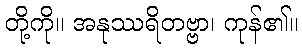
တို့ကို။ အနုဿရိတဗ္ဗာ၊ ကုန်၏။